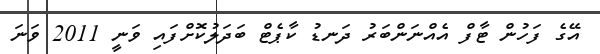
އޭގެ ފަހުން ޓާފް އެއްނަންބަރު ދަނޑު ކާޕެޓް ބަދަލުކޮށްފައި ވަނީ 2011 ވަނަ